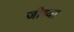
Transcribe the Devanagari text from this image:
जीव्या